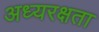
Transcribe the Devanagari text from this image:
अध्यरक्षता